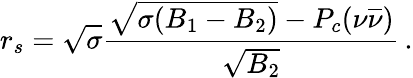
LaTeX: r_{s}=\sqrt{\sigma}{\frac{\sqrt{\sigma(B_{1}-B_{2})}-P_{c}(\nu\overline{{{\nu}}})}{\sqrt{B_{2}}}}\, .